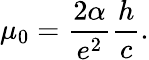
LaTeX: \mu_{0}={\frac{2\alpha}{e^{2}}}{\frac{h}{c}}.